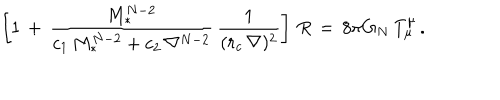
\left[ 1 \, + \, { \frac { M _ { * } ^ { N - 2 } } { c _ { 1 } \, M _ { * } ^ { N - 2 } + c _ { 2 } \, \nabla ^ { N - 2 } } } \, { \frac { 1 } { ( r _ { c } \, \nabla ) ^ { 2 } } } \right] \, R \, = \, 8 \pi G _ { N } \, T _ { \mu } ^ { \mu } \, .